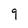
Character: 9